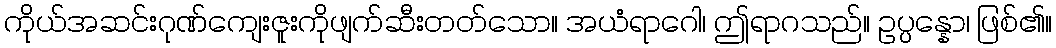
ကိုယ်အဆင်းဂုဏ်ကျေးဇူးကိုဖျက်ဆီးတတ်သော။ အယံရာဂေါ၊ ဤရာဂသည်။ ဥပ္ပန္နော၊ ဖြစ်၏။